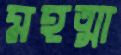
মহত্মা